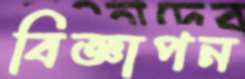
বিজ্ঞাপন